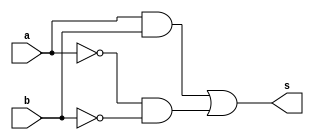
// -------------------------
// Exercicio07 - XNOR
// Nome: Djonatas Tulio Rodrigues Costa
// -------------------------

// -------------------------
// -- xnor gate
// -------------------------
module xnorgate (output s, input a, input b);
	assign s = (a&b) | ((~a)&(~b));
endmodule // xnorgate

// -------------------------
// -- test xnor gate
// -------------------------
module testxnorgate;
// ------------------------- dados locais
	reg a, b;		// definir registrador
				// (variavel independente)
	wire s;			// definir conexao (fio)
				// (variavel dependente)
// ------------------------- instancia
	xnorgate XNOR1 (s, a, b);
// ------------------------- preparacao
	initial begin:start
		a=0; b=0;
	end
// ------------------------- parte principal
	initial begin:main
		$display("Exercicio07 - Djonatas Tulio Rodrigues Costa - 440954");
		$display("Test XNOR gate");
		$display("\n~(a ^ b) = s\n");
		$monitor("~(%b ^ %b) = %b", a, b, s);
	#1 a=0; b=1;
	#1 a=1; b=0;
	#1 a=1; b=1;
	end
	
endmodule // testxnorgate